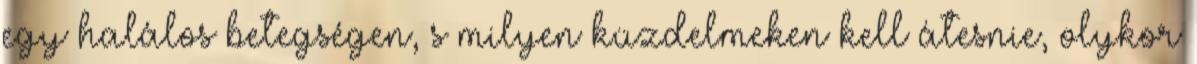
egy halálos betegségen, s milyen küzdelmeken kell átesnie, olykor